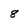
Character: 8